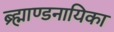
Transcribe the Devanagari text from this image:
ब्र्ह्माण्डनायिका